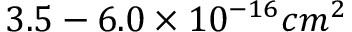
3 . 5 - 6 . 0 \times 1 0 ^ { - 1 6 } c m ^ { 2 }